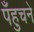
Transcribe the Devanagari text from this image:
पँहुचने